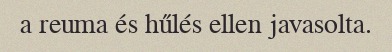
a reuma és hűlés ellen javasolta.